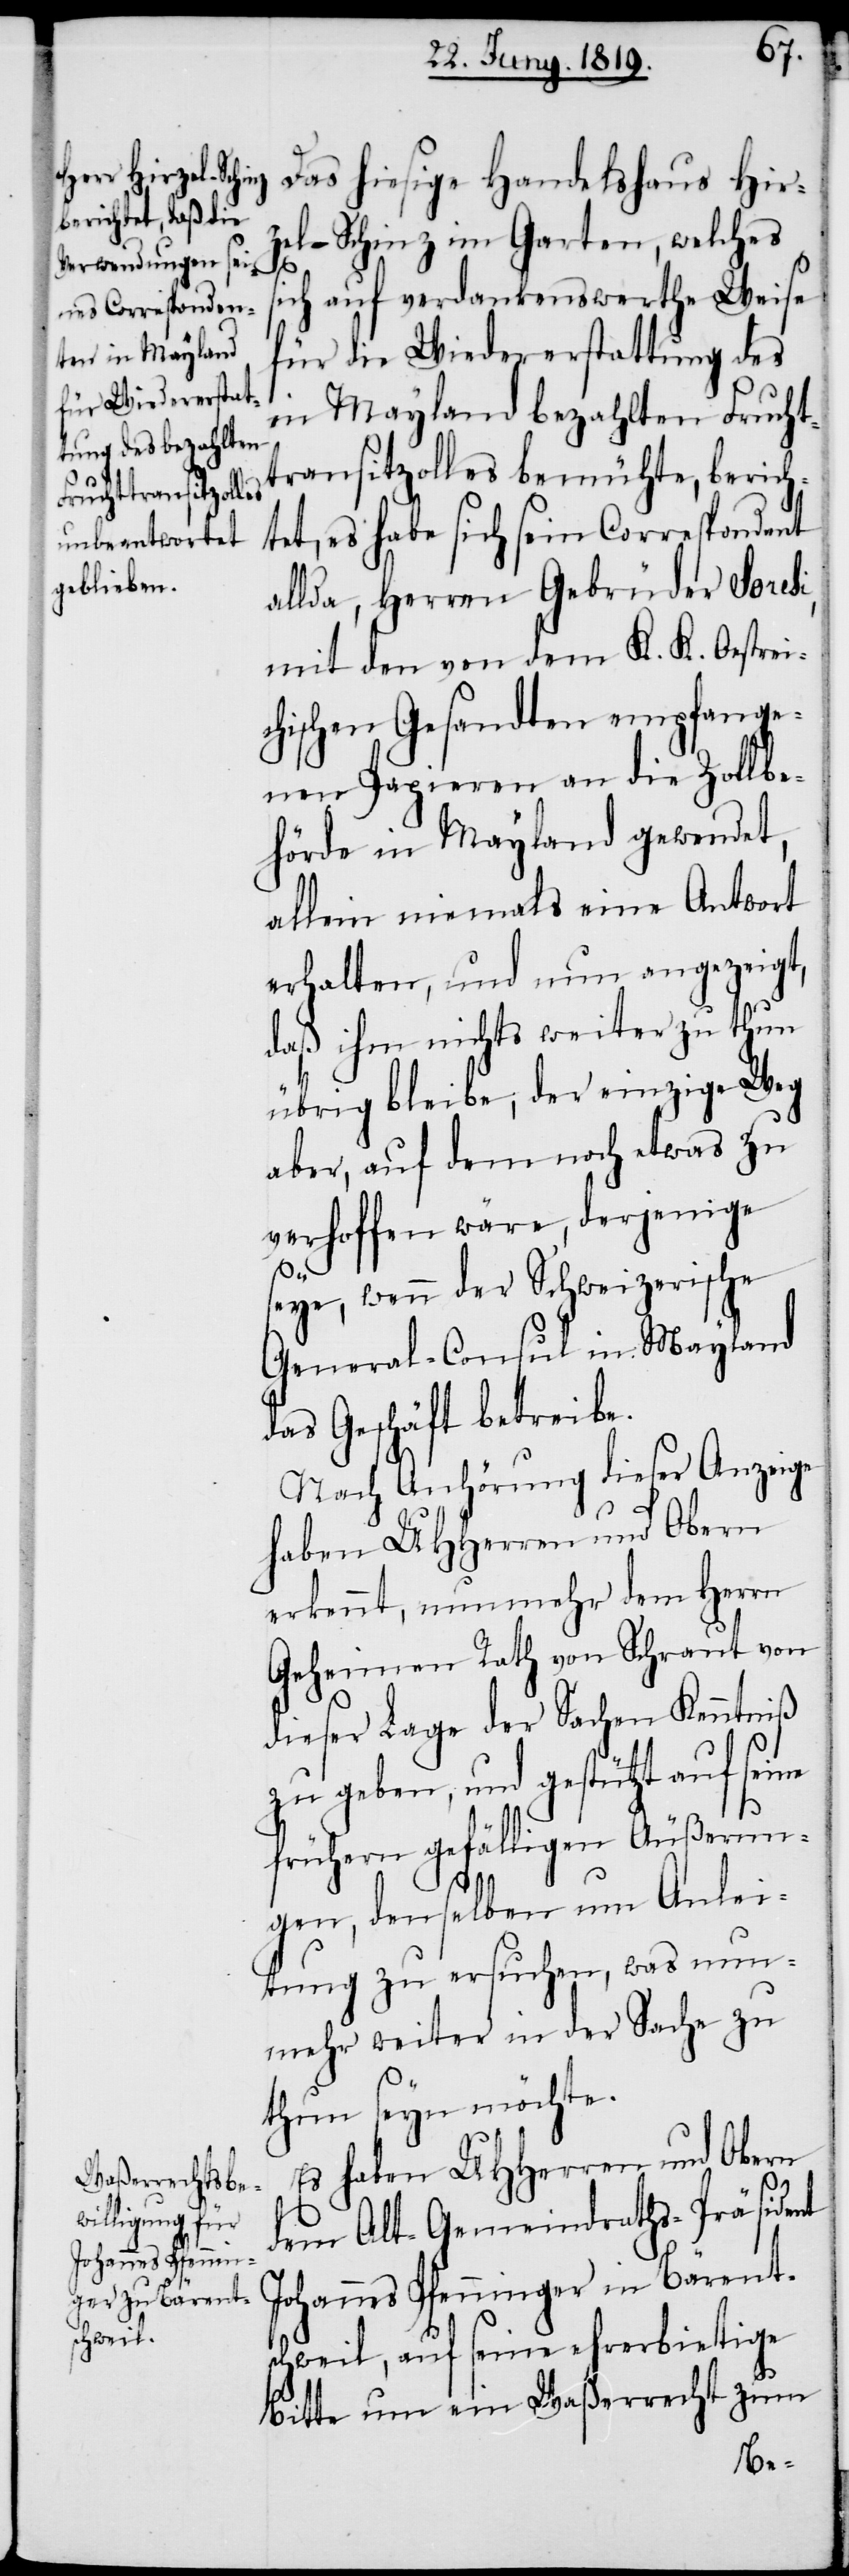
Das hiesige Handelshaus Hir¬
zel-Schinz im Garten, welches
s¬
ich auf verdankenswerthe Weise
für die Wiedererstattung des
in Mayland bezahlten Frucht¬
transitzolles bemühte, berich¬
tet, es habe sich sein Correspondent
allda, Herren Gebrüder Soresi,
mit den von dem K. K. Oestrei¬
chischen Gesandten empfange¬
nen Papieren an die Zollbe¬
hörde in Mayland gewendet,
allein niemals eine Antwort
erhalten, und nun angezeigt,
daß ihm nichts weiter zu thun
übrig bleibe, der einzige Weg
aber, auf dem noch etwas zu
verhoffen wäre, derjenige
seye, wenn der Schweizerische
General-Consul in Mayland
das Geschäft betreibe.
Nach Anhörung dieser Anzeige
haben UHHerren und Obern
erkennt, nunmehr dem Herrn
Geheimen Rath von Schraut von
dieser Lage der Sachen Kenntniß
zu geben, und gestützt auf seine
frühern gefälligen Äußerun¬
gen, denselben um Anlei¬
tung zu ersuchen, was nun¬
mehr weiter in der Sache zu
thun seyn möchte.
Es haben UHHerren und Obern
dem Alt-Gemeindraths-Präsident
Johannes Pfenninger in Bärent¬
schweil, auf seine ehrerbietige
Bitte um ein Waßerrecht zum